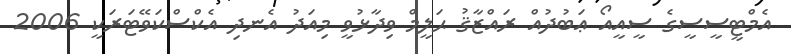
އެމްޓީސީސީގެ ސީއީއޯ ޢަބުދުއް ރައްޒާޤު ޙަލީމް ވިދާޅުވީ މިއަދު އެނދި އެކްސްކަވޭޓަރަކީ 2006